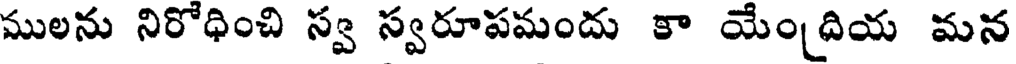
ములను నిరోధించి స్వ స్వరూపమందు కా యేం(దియ మన